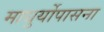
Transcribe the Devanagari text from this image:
माधुर्योपासना